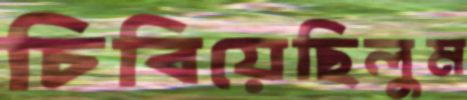
চিবিয়েছিলুম